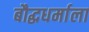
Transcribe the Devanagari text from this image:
बौद्धधर्माला